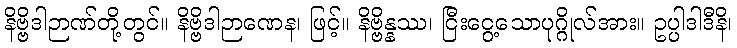
နိဗ္ဗိဒါဉာဏ်တို့တွင်။ နိဗ္ဗိဒါဉာဏေန၊ ဖြင့်။ နိဗ္ဗိန္နဿ၊ ငြီးငွေ့သောပုဂ္ဂိုလ်အား။ ဥပ္ပါဒါဒီနိ၊